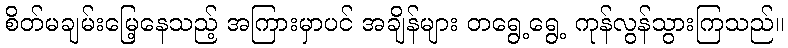
စိတ်မချမ်းမြေ့နေသည့် အကြားမှာပင် အချိန်များ တရွေ့ရွေ့ ကုန်လွန်သွားကြသည်။